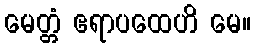
မေတ္တံ ဧရာပထေဟိ မေ။